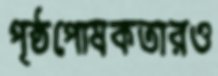
পৃষ্ঠপোষকতারও